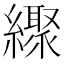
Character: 𦆜